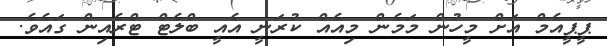
ޕީޕީއެމް އަށް މީހުން މަމެން މިއެއް ކުރަނީ އެއީ ބްލެޓް ޓްރެއިން ގައެވެ.